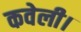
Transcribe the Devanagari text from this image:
कवेली।